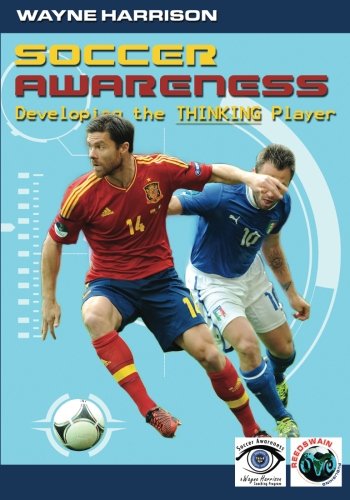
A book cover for Soccer Awareness: Developing the Thinking Player; Wayne Harrison; Sports & Outdoors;